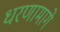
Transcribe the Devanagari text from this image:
धरणामागे